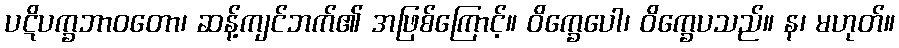
ပဋိပက္ခဘာဝတော၊ ဆန့်ကျင်ဘက်၏ အဖြစ်ကြောင့်။ ဝိက္ခေပေါ၊ ဝိက္ခေပသည်။ န၊ မဟုတ်။